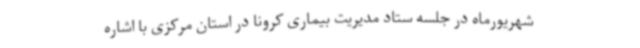
شهریورماه در جلسه ستاد مدیریت بیماری کرونا در استان مرکزی با اشاره